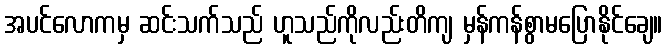
အပင်လောကမှ ဆင်းသက်သည် ဟူသည်ကိုလည်းတိကျ မှန်ကန်စွာမပြောနိုင်ချေ။